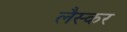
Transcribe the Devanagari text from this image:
लैस्कर